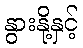
နွားနို့နှင့်